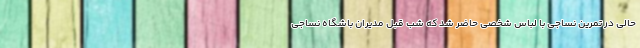
حالی در تمرین نساجی با لباس شخصی حاضر شد که شب قبل مدیران باشگاه نساجی